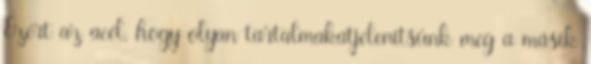
Ezért az acél, hogy olyan tartalmakatjelenítsünk meg a másik